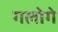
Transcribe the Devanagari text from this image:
गलोगे